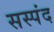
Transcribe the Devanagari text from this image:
सस्पंद